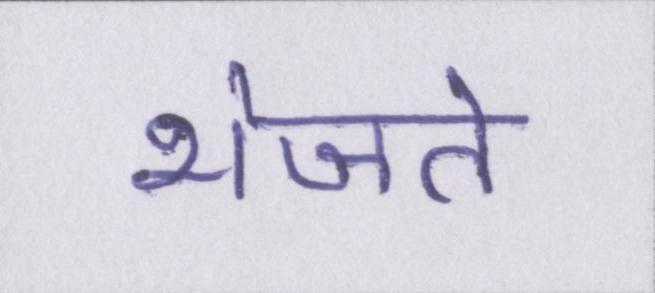
भेजते